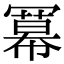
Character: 冪